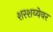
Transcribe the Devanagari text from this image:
शरशय्येवर